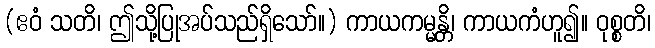
(ဧဝံ သတိ၊ ဤသို့ပြုအပ်သည်ရှိသော်။) ကာယကမ္မန္တိ၊ ကာယကံဟူ၍။ ဝုစ္စတိ၊